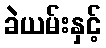
ခဲယမ်းနှင့်